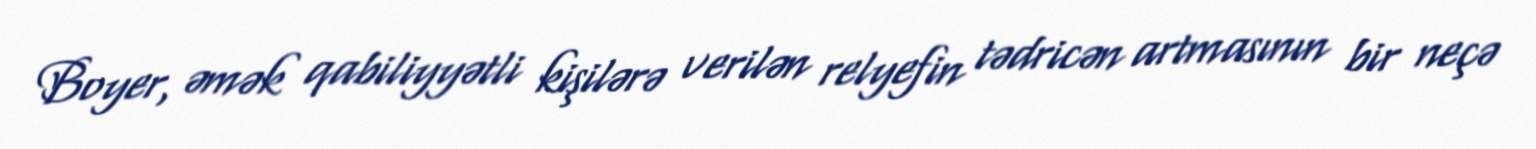
Boyer, əmək qabiliyyətli kişilərə verilən relyefin tədricən artmasının bir neçə